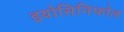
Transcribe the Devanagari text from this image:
इयोसिनिफोल